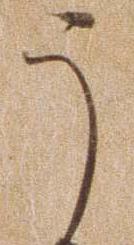
う